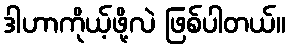
ဒါဟာကိုယ့်ဖို့လဲ ဖြစ်ပါတယ်။